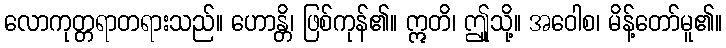
လောကုတ္တရာတရားသည်။ ဟောန္တိ၊ ဖြစ်ကုန်၏။ ဣတိ၊ ဤူသို့။ အဝေါစ၊ မိန့်တော်မူ၏။